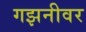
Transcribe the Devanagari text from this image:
गझनीवर